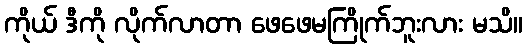
ကိုယ် ဒီကို လိုက်လာတာ ဖေဖေမကြိုက်ဘူးလား မသိ။